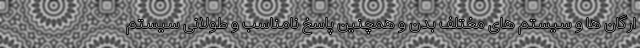
ارگان ها و سیستم های مختلف بدن و همچنین پاسخ نامناسب و طولانی سیستم